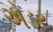
એડર